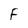
Character: F